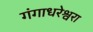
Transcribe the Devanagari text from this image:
गंगाधरेश्वरा